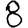
Digit: 8